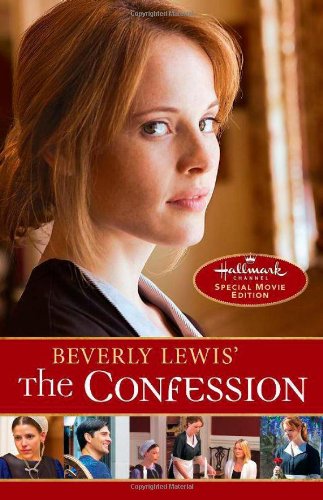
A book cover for Beverly Lewis' The Confession (The Heritage of Lancaster County); Beverly Lewis; Christian Books & Bibles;